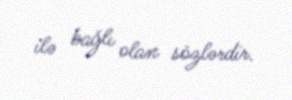
ilə bağlı olan sözlərdir.